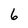
Character: 6